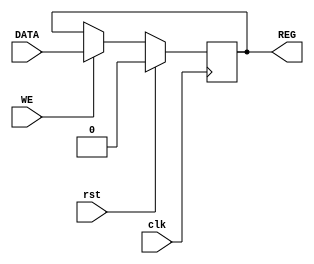
module writeEnableREG #(parameter W=1) (DATA,clk,rst,REG,WE);
input rst,clk,WE;
input [W-1:0] DATA;
output reg [W-1:0] REG;


always @(posedge clk)//due to sync reset issue
begin
	if(rst==1)
		begin
			REG<=0;
		end
	else
		begin
		
			if(WE==1)
				begin
					REG<=DATA;
				end
			
		end

end

endmodule